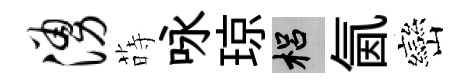
涌蒔咏琼梠氤巒